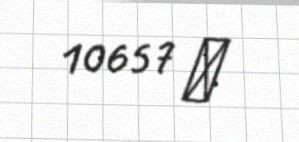
10657 ₼